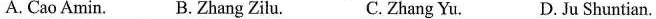
A. Cao Amin. B.Zhang Zilu. C.Zhang Yu. D. Ju Shuntian.